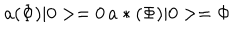
LaTeX: a ( \Phi ) \vert 0 > = 0 \, a * ( \Phi ) \vert 0 > = \Phi